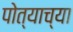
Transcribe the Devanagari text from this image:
पोत्याच्या